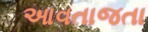
આવતાજતા